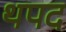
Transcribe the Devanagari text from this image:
थपद